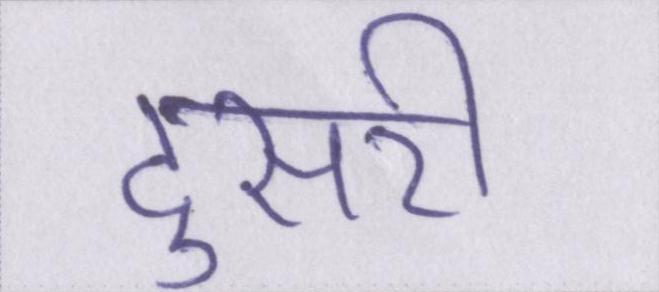
दुसरी